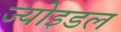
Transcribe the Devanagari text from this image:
ज्योइडल